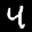
Label: 4